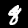
Digit: 8